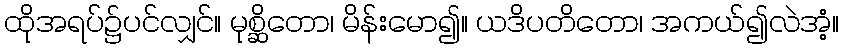
ထိုအရပ်၌ပင်လျှင်။ မုစ္ဆိတော၊ မိန်းမော၍။ ယဒိပတိတော၊ အကယ်၍လဲအံ့။